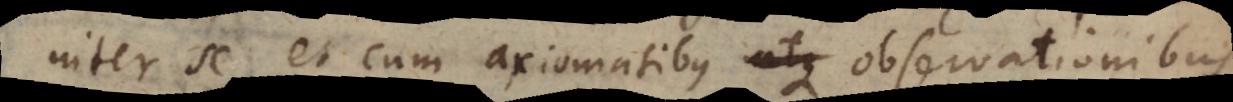
inter se et cum axiomatibus observa